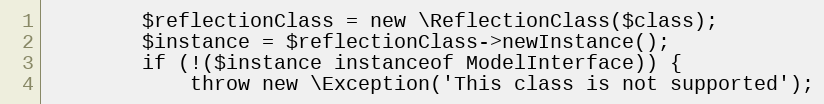
Language: PHP
        $reflectionClass = new \ReflectionClass($class);
        $instance = $reflectionClass->newInstance();
        if (!($instance instanceof ModelInterface)) {
            throw new \Exception('This class is not supported');